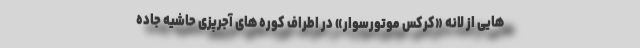
هایی از لانه «کرکس موتورسوار» در اطراف کوره های آجرپزی حاشیه جاده